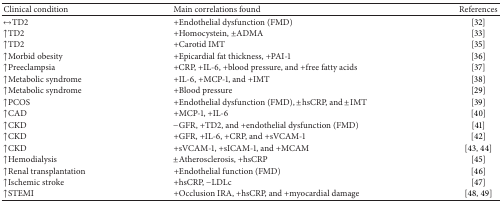
| Clinical condition | Main correlations found | References |
 | --- | --- | --- |
 | ↔TD2 | +Endothelial dysfunction (FMD) | [32] |
 | ↑TD2 | +Homocystein, ±ADMA | [33] |
 | ↑TD2 | +Carotid IMT | [35] |
 | ↑Morbid obesity | +Epicardial fat thickness, +PAI-1 | [36] |
 | ↑Preeclampsia | +CRP, +IL-6, +blood pressure, and +free fatty acids | [37] |
 | ↑Metabolic syndrome | +IL-6, +MCP-1, and +IMT | [38] |
 | ↑Metabolic syndrome | +Blood pressure | [29] |
 | ↑PCOS | +Endothelial dysfunction (FMD), ±hsCRP, and ±IMT | [39] |
 | ↑CAD | +MCP-1, +IL-6 | [40] |
 | ↑CKD | −GFR, +TD2, and +endothelial dysfunction (FMD) | [41] |
 | ↑CKD | +GFR, +IL-6, +CRP, and +sVCAM-1 | [42] |
 | ↑CKD | +sVCAM-1, +sICAM-1, and +MCAM | [43, 44] |
 | ↑Hemodialysis | ±Atherosclerosis, +hsCRP | [45] |
 | ↑Renal transplantation | +Endothelial function (FMD) | [46] |
 | ↑Ischemic stroke | +hsCRP, −LDLc | [47] |
 | ↑STEMI | +Occlusion IRA, +hsCRP, and +myocardial damage | [48, 49] |